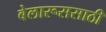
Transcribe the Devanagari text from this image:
बेलारूससाठी